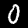
Digit: 0